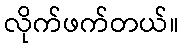
လိုက်ဖက်တယ်။